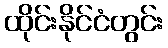
ထိုင်းနိုင်ငံတွင်း